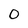
Character: 0